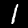
Digit: 1